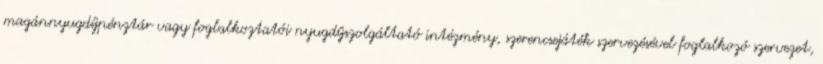
magánnyugdíjpénztár vagy foglalkoztatói nyugdíjszolgáltató intézmény, szerencsejáték szervezésével foglalkozó szervezet,